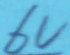
Text: 6V